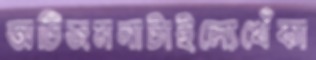
অটিজমনাটাইল্যেখেঁকা